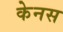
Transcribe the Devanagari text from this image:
केनस